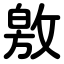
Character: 敫